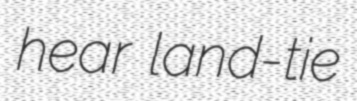
hear land-tie